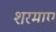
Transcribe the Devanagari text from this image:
शरमाए